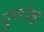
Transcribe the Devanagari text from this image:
युगापेक्षा